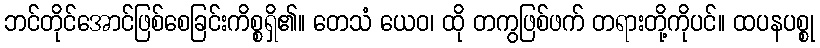
ဘင်တိုင်အောင်ဖြစ်စေခြင်းကိစ္စရှိ၏။ တေသံ ယေဝ၊ ထို တကွဖြစ်ဖက် တရားတို့ကိုပင်။ ထပနပစ္စု